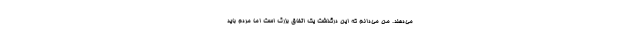
می‌دهند. من می‌دانم که این درگذشت یک اتفاق بزرگ است اما مردم باید